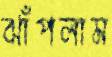
ঝাঁপলাম